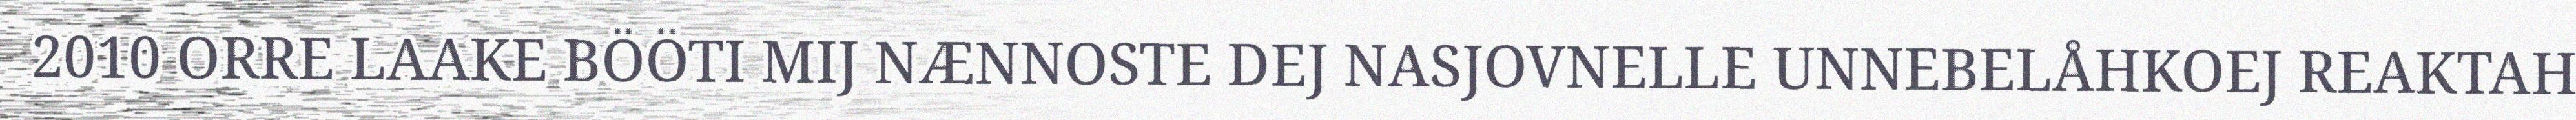
2010 ORRE LAAKE BÖÖTI MIJ NÆNNOSTE DEJ NASJOVNELLE UNNEBELÅHKOEJ REAKTAH